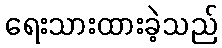
ရေးသားထားခဲ့သည်